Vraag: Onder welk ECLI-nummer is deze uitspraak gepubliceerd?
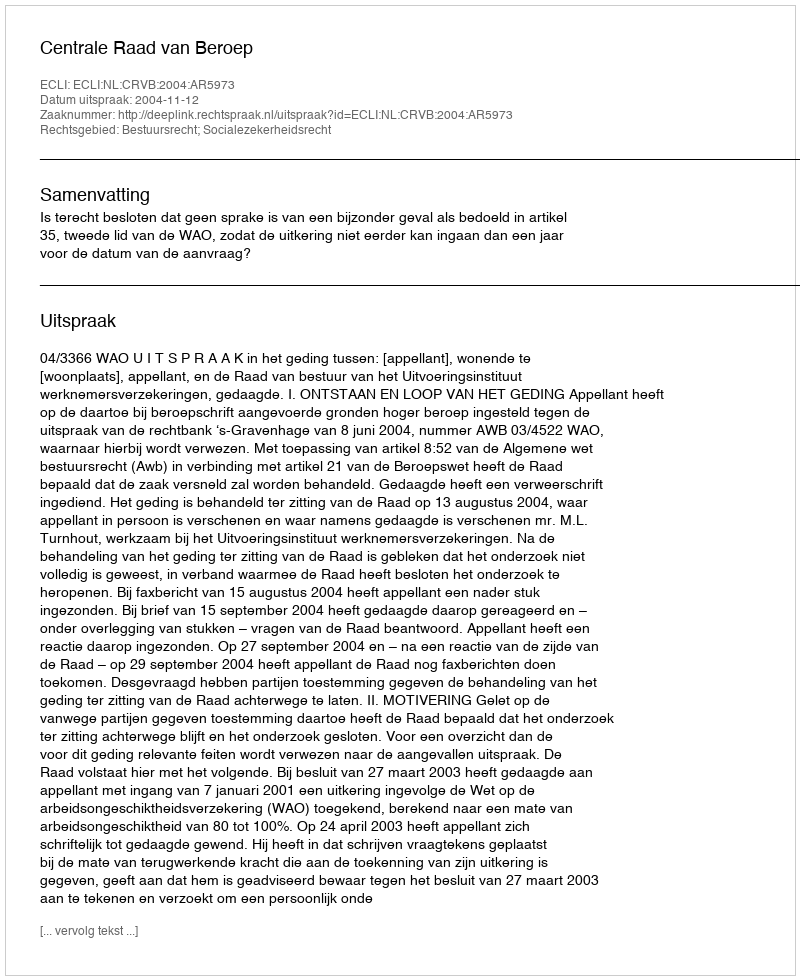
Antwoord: ECLI:NL:CRVB:2004:AR5973